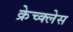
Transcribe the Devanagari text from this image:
क्रेच्क्लेस